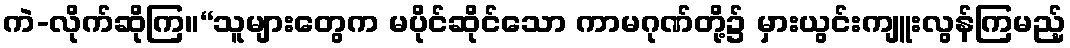
ကဲ-လိုက်ဆိုကြ။“သူများတွေက မပိုင်ဆိုင်သော ကာမဂုဏ်တို့၌ မှားယွင်းကျူးလွန်ကြမည့်